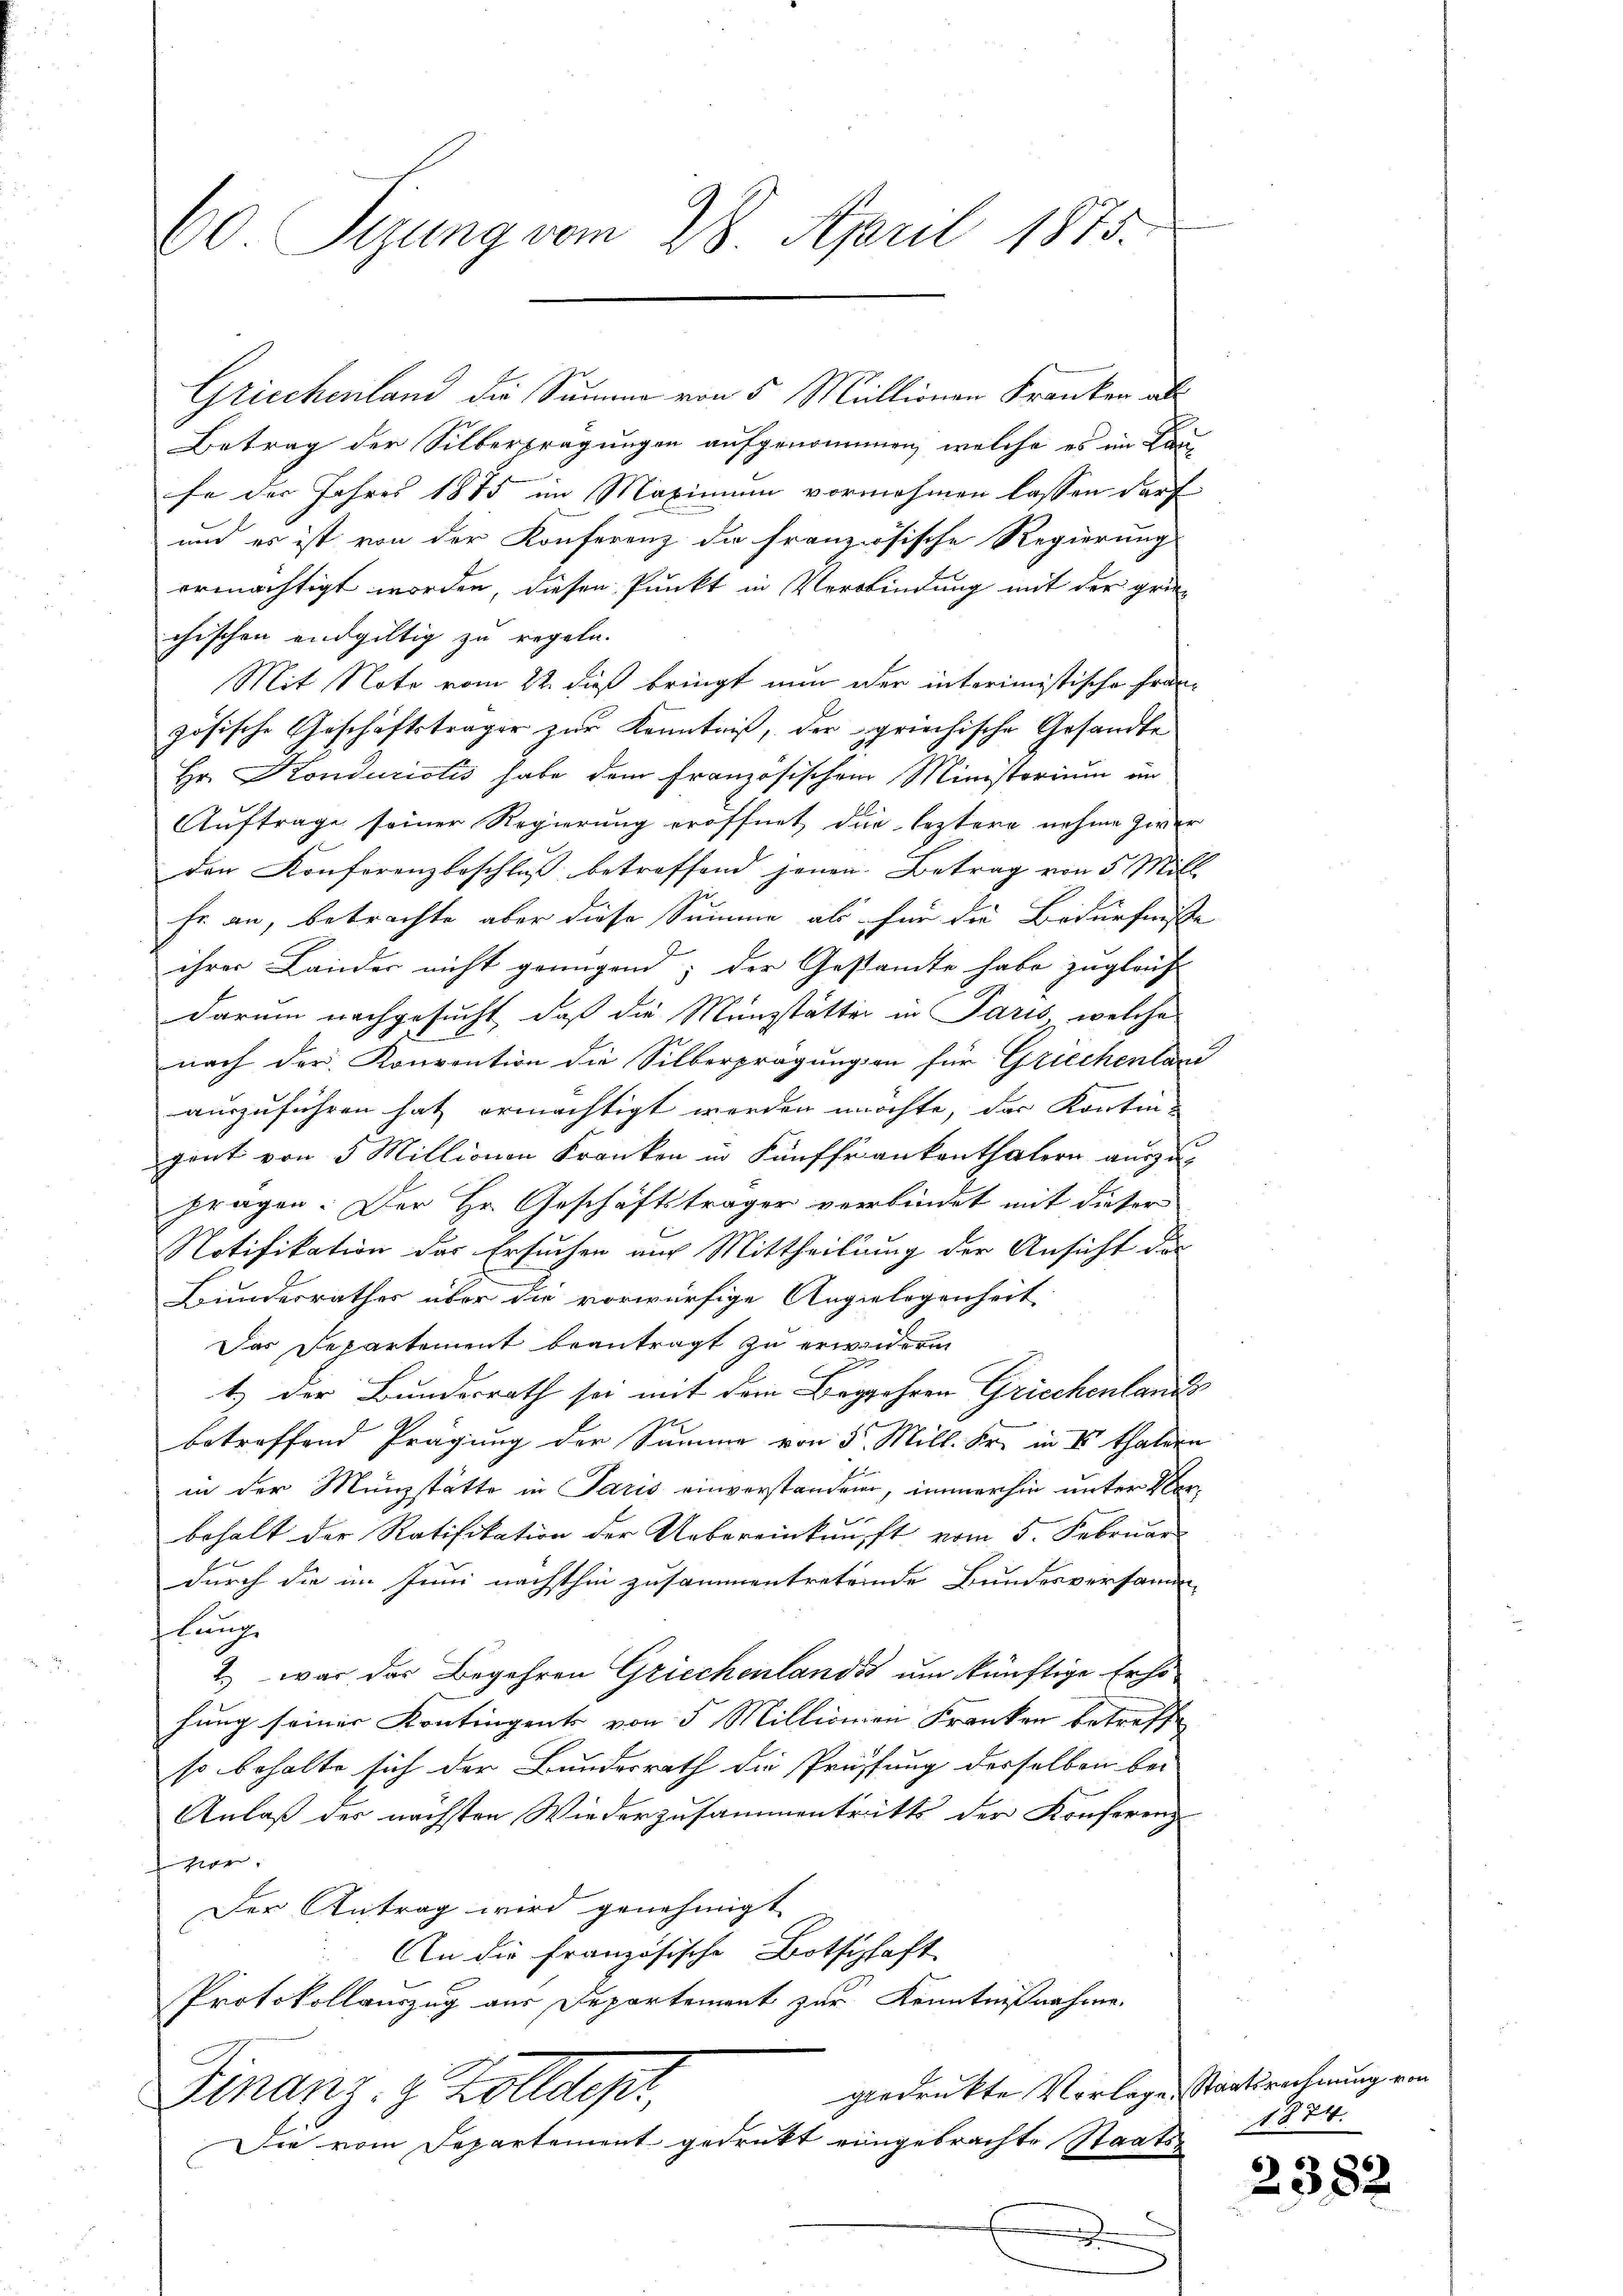
60 Sizung vom 28. April 1875.

Griechenland die Summe von 5 Millionen Franken als
Betrag der Silberprägungen aufgenommen, welche es im Lau-
"
fe der Jahres 1875 im Maximum vornehmen lassen darf
und es ist von der Konferenz die französische Regierung
ermächtigt worden, diesen Punkt in Verbindung mit der grün-
chischen endgültig zu regeln.
Mit Note vom 22. dieß bringt nun der interimistische Fran-
zösische Geschäftsträger zur Kenntniß, der griechische Gesandte
Hr. Kondurictis habe dem Französischen Ministerium im
Auftrage seiner Regierung eröffnet, die leztere nehme zwer
den Konforenzbeschluß betreffend jenen Betrag von 5 Mill
fe an, betrachte aber diese Summe als für die Bedürfnisse
ihrer Lander nicht genügend; der Gestamte habe zugleich
darum nachgesucht, daß die Münzstätter in Paris, welche
nach der Konvention die Silberprägungen für Griechenland
auszuführen hat ermächtigt werden möchte, das Kontin-
gent von 5 Millionen Kranken in Fünffrankenthalern auszu-
pragen. Der Hr. Geschäftsträger verbindet mit dieser
Notifikation des Ersuchen auf Mittheilung der Ansicht das
Bundesrathes über die vorwürfige Angelegenheit
Das Departement beantragt zu erwiedern
t.) Der Bundesrath sei mit dem Begehren Griechenlande
2
betreffend Prägung der Summe von 5 Mill. Fr. in Vor Thalden
in der Münzstätte in Paris einverstanden, immerhin unter Ver-
behalt der Ratifikation der Uebereinkunft vom 5. Februar
durch die im Juni nachthin zusammentretende Bundesversammlungs
2) war das Begehren Griechenlands um künftige Erhöhung seiner Kontingents von 5 Millionien Franken betreffe
so behalte sich der Bundesrath die Prüfung desselben bei
Anlaß der nächsten Wiederzusammentritts der Konferenz
 gegen
Der Antrag wird genehmigt
An die französische Botschaft
Protokollauszug aus Departement zur Kenntnißnahme
gedruckte Vorlage Staatsrechnung von
Finanz. z. Zolldepr
Die vom Departement gedruckt eingebrachte Staats¬
.

1874.

2382